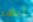
أيها